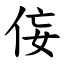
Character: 侫